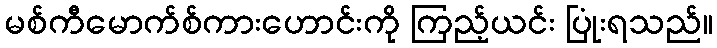
မစ်ကီမောက်စ်ကားဟောင်းကို ကြည့်ယင်း ပြုံးရသည်။